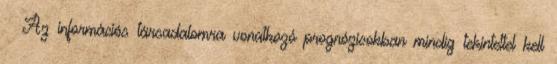
 Az információs társadalomra vonatkozó prognózisokban mindig tekintettel kell